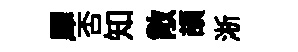
犀否知敞頡淅